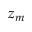
z _ { m }